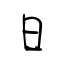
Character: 日